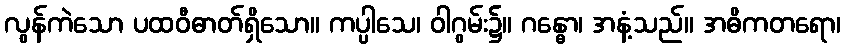
လွန်ကဲသော ပထဝီဓာတ်ရှိသော။ ကပ္ပါသေ၊ ဝါဂွမ်း၌။ ဂန္ဓော၊ အနံ့သည်။ အဓိကတရော၊